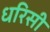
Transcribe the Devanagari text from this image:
धरिसी